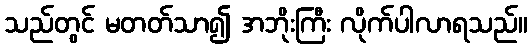
သည်တွင် မတတ်သာ၍ အဘိုးကြီး လိုက်ပါလာရသည်။